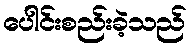
ပေါင်းစည်းခဲ့သည်